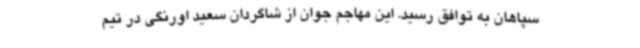
سپاهان به توافق رسید. این مهاجم جوان از شاگردان سعید اورنگی در تیم